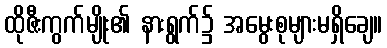
ထိုဇီးကွက်မျိုး၏ နားရွက်၌ အမွေးစုများမရှိချေ။